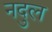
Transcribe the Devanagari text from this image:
नदुल